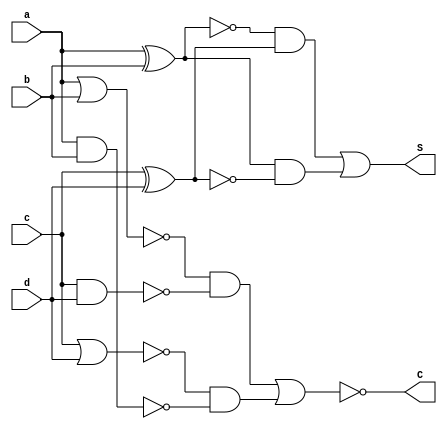
///////////////////////////////////////////////////////////////////////////////////////////////////
// Part of paper Design and Analysis of Approximate 4-2 Compressors for HighAccuracy Multipliers
// 2022 April
//
// Contributers : Prof. Madhav Rao, Aakarsh Dev, Animesh Kumar Tiwari
// 
///////////////////////////////////////////////////////////////////////////////////////////////////

module APPROX_PRO2(a,b,c,d,S,C);
 output S,C;
 input a,b,c,d;
 wire t1,t2;

 assign t1 = a^b;
 assign t2 = c^d;
 assign S = (((~t1)&(t2)) | ((t1)&(~t2)));
 assign C = ~((~(a|b)&(~(c&d))) | (~(c|d)&(~(a&b))));

endmodule